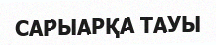
САРЫАРҚА ТАУЫ